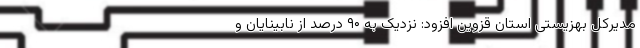
مدیرکل بهزیستی استان قزوین افزود: نزدیک به ۹۰ درصد از نابینایان و